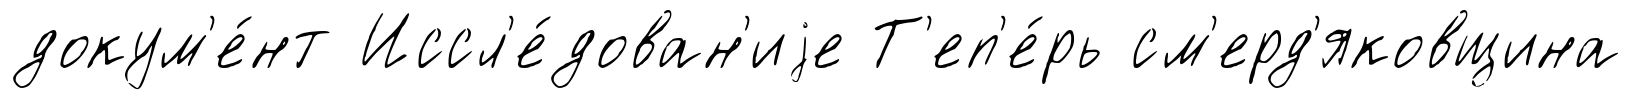
докум'е́нт Иссл'е́дован'иjе Т'еп'е́рь см'ерд'яковщина